Report of the Municipal Commissioner on the plague in Bombay for the year ending 31st May... - Volume 1
Disease focus: Plague
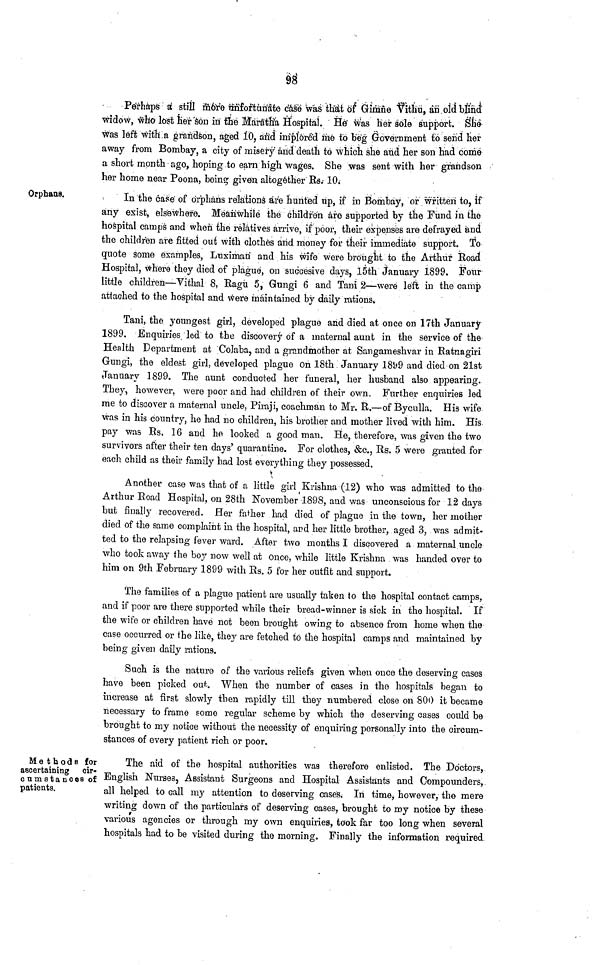
98
Perhaps a still inore unfortunate case was that of Gimne Vithu, an old blind
widow, who lost her son in the Maratha Hospital. He was her sole support. She
was left with a grandson, aged 10, and implored me to beg Government to send her
away from Bombay, a city of misery and death to which she and her son had come
a short month ago, hoping to earn high wages. She was sent with her grandson
her home near Poona, being given altogether Rs. 10.
Orphans.
In the case of orphans relations are hunted up, if in Bombay, or written to, if
any exist, elsewhere. Meanwhile the children are supported by the Fund in the
hospital camps and when the relatives arrive, if poor, their expenses are defrayed and
the children are fitted out with clothes and money for their immediate support. To
quote some examples, Luximan and his wife were brought to the Arthur Eoad
Hospital, where they died of plague, on succesive days, 15th January 1899. Four
little children—Vithal 8, Ragú 5, Gungi 6 and Tani 2—were left in the camp
attached to the hospital and were maintained by daily rations.
Tani, the youngest girl, developed plague and died at once on 17th January
1899. Enquiries led to the discovery of a maternal aunt in the service of the
Health Department at Colaba, and a grandmother at Sangameshvar in Ratnagiri
Gungi, the eldest girl, developed plague on 18th January 1899 and died on 21st
January 1899. The aunt conducted her funeral, her husband also appearing.
They, however, were poor and had children of their own. Further enquiries led
me to discover a maternal uncle, Piraji, coachman to Mr. R.—of Byculla. His wife
was in his country, he had no children, his brother and mother lived with him. His
pay was Rs. 16 and he looked a good man. He, therefore, was given the two
survivors after their ten days' quarantine. For clothes, &c., Rs. 5 were granted for
each child as their family had lost everything they possessed.
Another case was that of a little girl Krishna (12) who was admitted to the
Arthur Road Hospital, on 28th November 1898, and was unconscious for 12 days
but finally recovered. Her father had died of plague in the town, her mother
died of the same complaint in the hospital, ard her little brother, aged 3, was admit-
ted to the relapsing fever ward. After two months I discovered a maternal uncle
who took away the boy now well at Once, while little Krishna was handed over to
him on 9th February 1899 with Rs. 5 for her outfit and support.
The families of a plague patient are usually taken to the hospital contact camps,
and if poor are there supported while their bread-winner is sick in the hospital. If
the wife or children have not been brought owing to absence from home when the
case occurred or the like, they are fetched to the hospital camps and maintained by
being given daily rations.
Such is the nature of the various reliefs given when once the deserving cases
have been picked out. When the number of cases in the hospitals began to
increase at first slowly then rapidly till they numbered close on 800 it became
necessary to frame some regular scheme by which the deserving cases could be
brought to my notice without the necessity of enquiring personally into the circum-
stances of every patient rich or poor.
Ma t h ods for
ascertaining cir-
cumstances of
patients.
The aid of the hospital authorities was therefore enlisted. The Doctors,
English Nurses, Assistant Surgeons and Hospital Assistants and Compounders,
all helped to call my attention to deserving cases. In time, however, the mere
writing down of the particulars of deserving cases, brought to my notice by these
various agencies or through my own enquiries, took far too long when several
hospitals had to be visited during the morning. Finally the information required